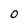
Character: 0